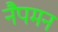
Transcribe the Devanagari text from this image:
नैपमन